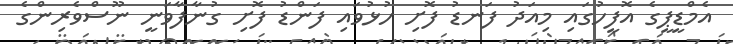
އެމްޑީޕީގެ އޮފީހުގައި މިއަދު ފަނޑު ފޮށި ހުޅުވައި ފަންޑު ފޮށި ގުނާފާވަނީ ނޫސްވެރިންގެ